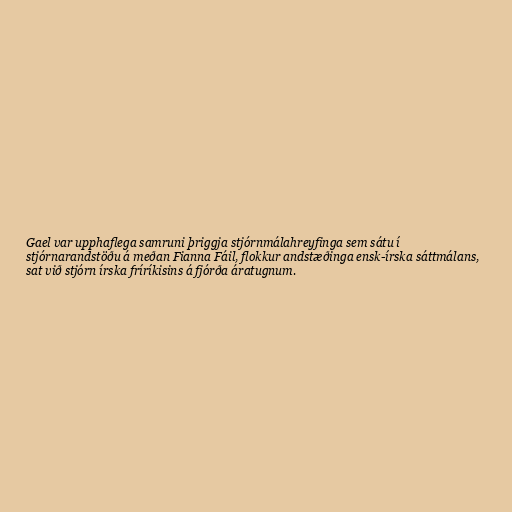
Gael var upphaflega samruni þriggja stjórnmálahreyfinga sem sátu í
stjórnarandstöðu á meðan Fianna Fáil, flokkur andstæðinga ensk-írska sáttmálans,
sat við stjórn írska fríríkisins á fjórða áratugnum.